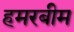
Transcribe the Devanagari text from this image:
हमरबीम